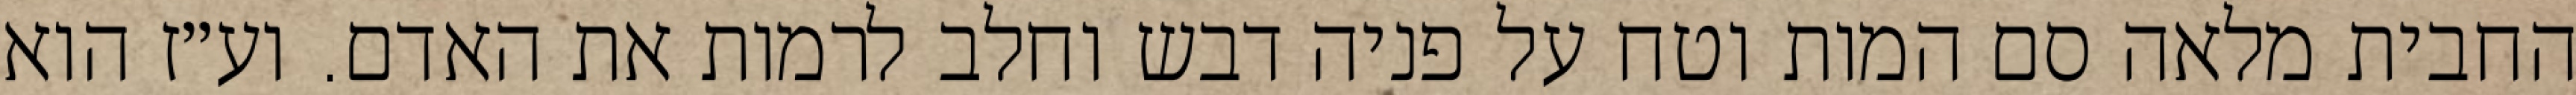
החבית מלאה סם המות וטח על פניה דבש וחלב לרמות את האדם. וע״ז הוא